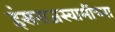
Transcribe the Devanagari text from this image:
हंसराजस्वामींच्या